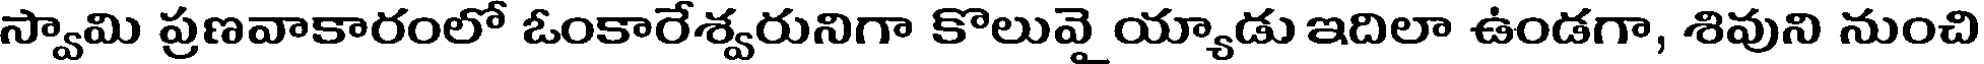
స్వామి ప్రణవాకారంలో ఓంకారేశ్వరునిగా కొలువై య్యాడు ఇదిలా ఉండగా, శివుని నుంచి